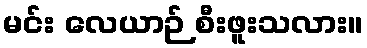
မင်း လေယာဉ် စီးဖူးသလား။